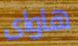
هاواى